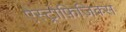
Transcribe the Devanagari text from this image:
ऐस्ट्रोफ़िज़िक्स